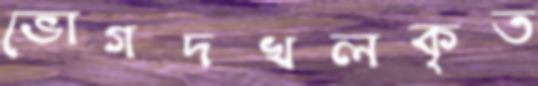
ভোগদখলকৃত